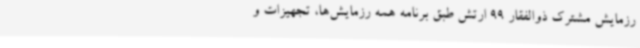
رزمایش مشترک ذوالفقار 99 ارتش طبق برنامه همه رزمایش‌ها، تجهیزات و